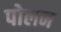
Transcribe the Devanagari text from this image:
पोलन